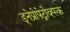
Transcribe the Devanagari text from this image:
ड्नेप्रोपेट्रोव्ह्स्क